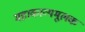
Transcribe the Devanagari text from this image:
महाकाव्यमूलक